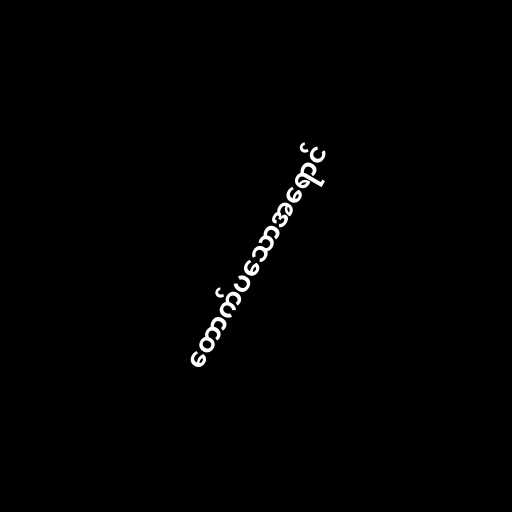
တောက်ပသောအရောင်